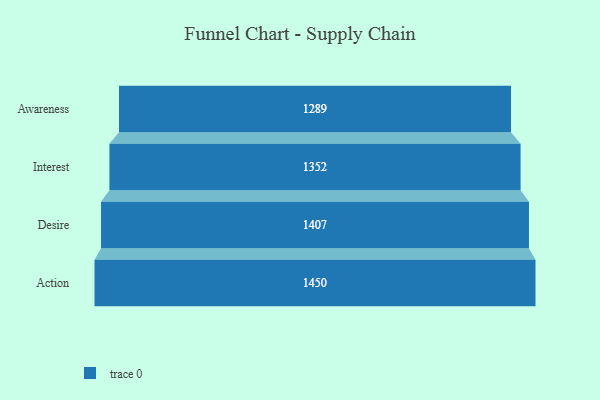
{"axis": {"x": "Stage", "y": "Value"}, "legend": [""], "data": [{"x": "Awareness", "y": 1289.0, "type": ""}, {"x": "Interest", "y": 1352.0, "type": ""}, {"x": "Desire", "y": 1407.0, "type": ""}, {"x": "Action", "y": 1450.0, "type": ""}]}